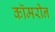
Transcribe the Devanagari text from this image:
कॉमरीन